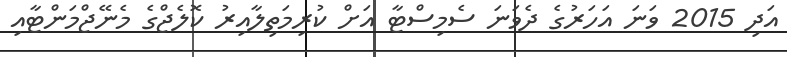
އަދި 2015 ވަނަ އަހަރުގެ ދެވަނަ ސެމިސްޓާ އަށް ކުރިމަތިލާއިރު ކޮލެޖްގެ މެނޭޖްމަންޓާއި